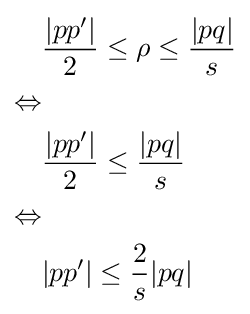
{\begin{aligned}&{\frac {|pp'|}{2}}\leq \rho \leq {\frac {|pq|}{s}}\\\Leftrightarrow &\\&{\frac {|pp'|}{2}}\leq {\frac {|pq|}{s}}\\\Leftrightarrow &\\&|pp'|\leq {\frac {2}{s}}|pq|\\\end{aligned}}